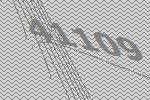
41109